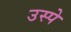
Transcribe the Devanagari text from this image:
उस्पे